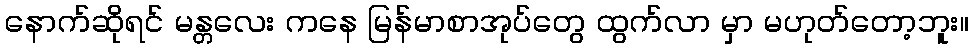
နောက်ဆိုရင် မန္တလေး ကနေ မြန်မာစာအုပ်တွေ ထွက်လာ မှာ မဟုတ်တော့ဘူး။